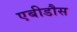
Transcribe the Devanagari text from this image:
एबीडौस